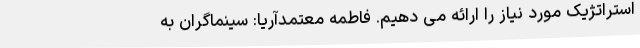
استراتژیک مورد نیاز را ارائه می دهیم. فاطمه معتمدآریا: سینماگران به